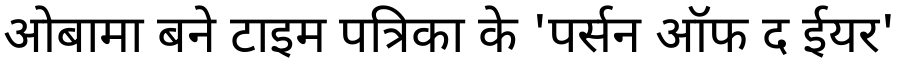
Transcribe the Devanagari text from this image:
ओबामा बने टाइम पत्रिका के 'पर्सन ऑफ द ईयर'